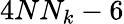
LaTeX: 4NN_{k}-6